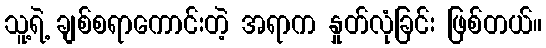
သူ့ရဲ့ ချစ်စရာကောင်းတဲ့ အရာက နှုတ်လုံခြင်း ဖြစ်တယ်။